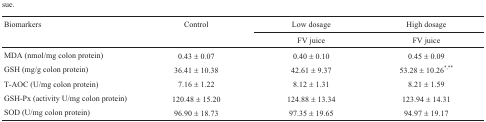
| <ROWSPAN=2> Biomarkers | <ROWSPAN=2> Control | Low dosage | High dosage |
 | FV juice | FV juice |
 | --- | --- | --- | --- |
 | MDA (nmol/mg colonprotein) | 0.43 ± 0.07 | 0.40 ± 0.10 | 0.45 ± 0.09 |
 | GSH (mg/g colonprotein) | 36.41 ±10.38 | 42.61 ± 9.37 | 53.28 ±10.26*,** |
 | T-AOC (U/mg colonprotein) | 7.16 ± 1.22 | 8.12 ± 1.31 | 8.21 ± 1.59 |
 | GSH-Px (activityU/mg colon protein) | 120.48 ±15.20 | 124.88 ±13.34 | 123.94 ±14.31 |
 | SOD (U/mg colonprotein) | 96.90 ±18.73 | 97.35 ±19.65 | 94.97 ±19.17 |